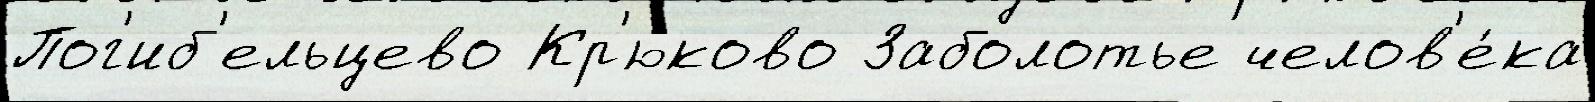
Пог'иб'ельцево Кр'юково Заболотье челов'е́ка